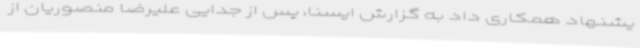
یشنهاد همکاری داد به گزارش ایسنا، پس از جدایی علیرضا منصوریان از